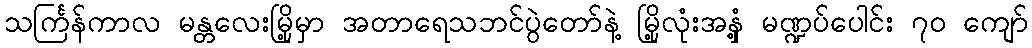
သင်္ကြန်ကာလ မန္တလေးမြို့မှာ အတာရေသဘင်ပွဲတော်နဲ့ မြို့လုံးအနှံ့ မဏ္ဍပ်ပေါင်း ၇၀ ကျော်